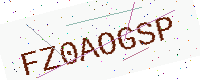
Text: FZ0AOGSP